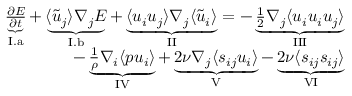
\begin{array} { r } { \underbrace { \frac { \partial E } { \partial t } } _ { \mathrm { I . a } } + \underbrace { \langle \tilde { u } _ { j } \rangle \nabla _ { j } E } _ { \mathrm { I . b } } + \underbrace { \langle u _ { i } u _ { j } \rangle \nabla _ { j } \langle \tilde { u } _ { i } \rangle } _ { \mathrm { I I } } = - \underbrace { \frac { 1 } { 2 } \nabla _ { j } \langle u _ { i } u _ { i } u _ { j } \rangle } _ { \mathrm { I I I } } } \\ { - \underbrace { \frac { 1 } { \rho } \nabla _ { i } \langle p u _ { i } \rangle } _ { \mathrm { I V } } + \underbrace { 2 \nu \nabla _ { j } \langle s _ { i j } u _ { i } \rangle } _ { \mathrm { V } } - \underbrace { 2 \nu \langle s _ { i j } s _ { i j } \rangle } _ { \mathrm { V I } } } \end{array}